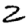
Digit: 2